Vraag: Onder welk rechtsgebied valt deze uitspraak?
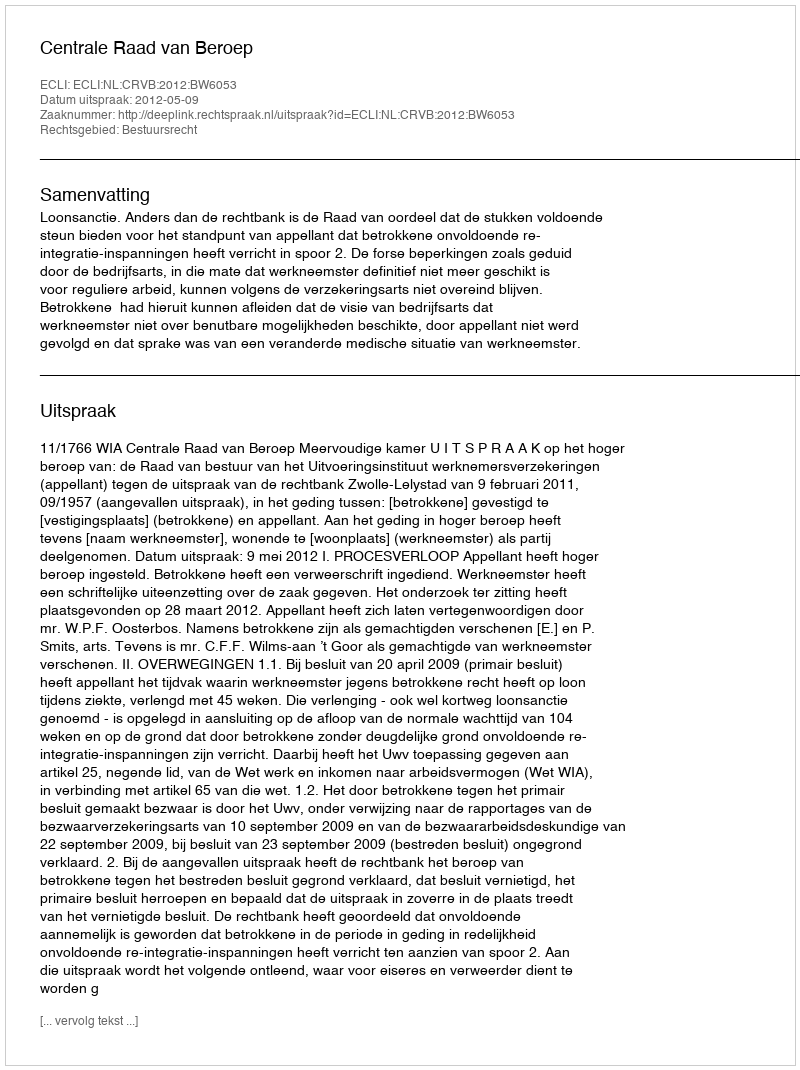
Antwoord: Bestuursrecht